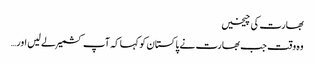
بھارت کی چیخیں
وہ وقت جب بھارت نے پاکستان کو کہا کہ آپ کشمیر لے لیں اور…